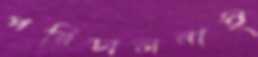
পরিচালনাই